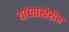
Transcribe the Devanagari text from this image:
यांच्याखेरीज